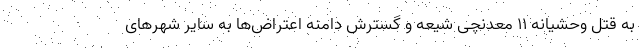
به قتل وحشیانه ۱۱ معدنچی شیعه و گسترش دامنه اعتراض‌ها به سایر شهرهای